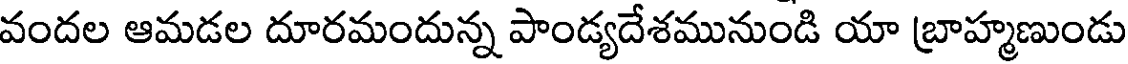
వందల ఆమడల దూరమందున్న పాండ్యదేశమునుండి యా బ్రాహ్మణుండు